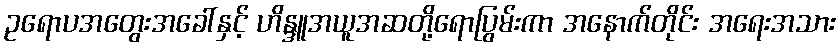
ဥရောပအတွေးအခေါ်နှင့် ဟိန္ဒူအယူအဆတို့ရောပြွမ်းကာ အနောက်တိုင်း အရေးအသား